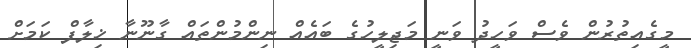
މީގެއިތުރުން ވެސް ވަހީދު ވަނީ މަޖިލީހުގެ ބައެއް ނިންމުންތައް ގާނޫނާ ޚިލާފް ކަމަށް